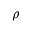
\rho